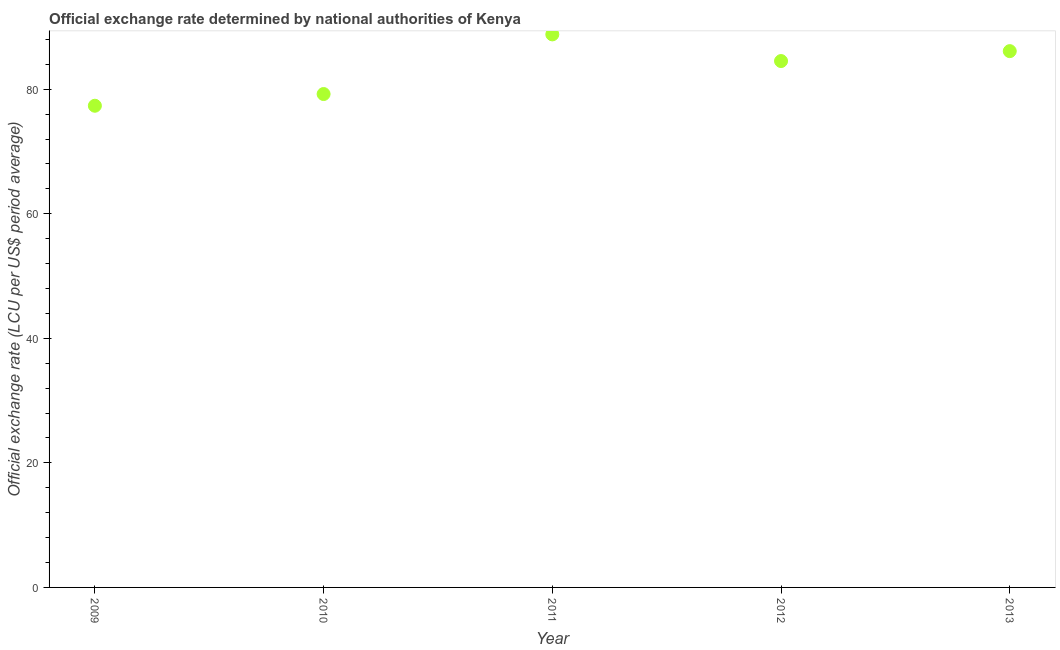
| Year | Official exchange rate |
 | --- | --- |
 | 2009 | 77.4 |
 | 2010 | 79.2 |
 | 2011 | 88.8 |
 | 2012 | 84.5 |
 | 2013 | 86.1 |